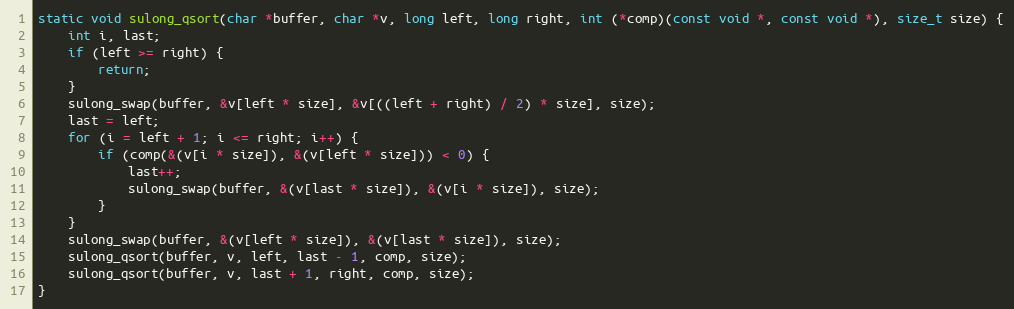
Language: C
static void sulong_qsort(char *buffer, char *v, long left, long right, int (*comp)(const void *, const void *), size_t size) {
    int i, last;
    if (left >= right) {
        return;
    }
    sulong_swap(buffer, &v[left * size], &v[((left + right) / 2) * size], size);
    last = left;
    for (i = left + 1; i <= right; i++) {
        if (comp(&(v[i * size]), &(v[left * size])) < 0) {
            last++;
            sulong_swap(buffer, &(v[last * size]), &(v[i * size]), size);
        }
    }
    sulong_swap(buffer, &(v[left * size]), &(v[last * size]), size);
    sulong_qsort(buffer, v, left, last - 1, comp, size);
    sulong_qsort(buffer, v, last + 1, right, comp, size);
}